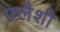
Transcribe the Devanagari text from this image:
फ्लैशी